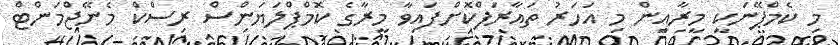
މި ކެމްޕޭނަކީ މީރާއިން މި އަހަރު ތައާރަފްކޮށްފައިވާ މީރާގެ ކޮމްޕްލަޔަންސް ރިސްކް މެނޭޖްމަންޓް